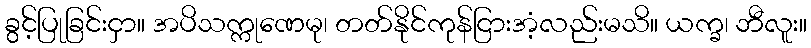
ခွင့်ပြုခြင်းငှာ။ အပိသက္ကုဏေမု၊ တတ်နိုင်ကုန်ငြားအံ့လည်းမသိ။ ယက္ခ၊ ဘီလူး။